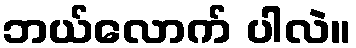
ဘယ်လောက် ပါလဲ။